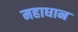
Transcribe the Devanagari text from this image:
महाधान